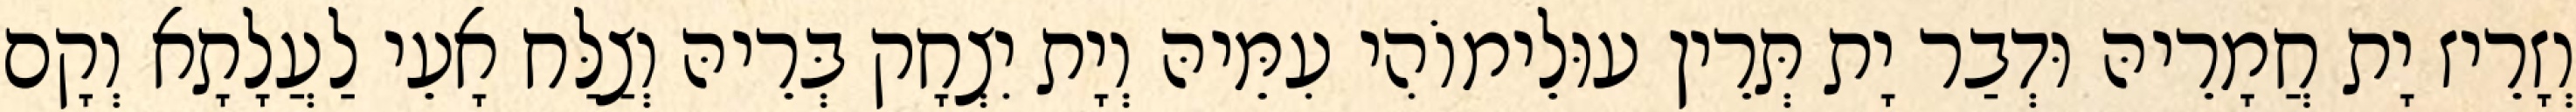
וְזָרֵיז יָת חֲמָרֵיהּ וּדְבַר יָת תְּרֵין עוּלֵימוֹהִי עִמֵּיהּ וְיָת יִצְחָק בְּרֵיהּ וְצַלַּח אָעֵי לַעֲלָתָא וְקָם